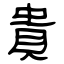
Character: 貴